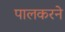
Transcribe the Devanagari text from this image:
पालकरने